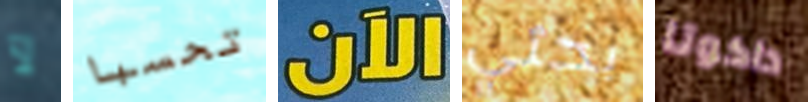
لآ تحسبا الآن بحثي داكوتا